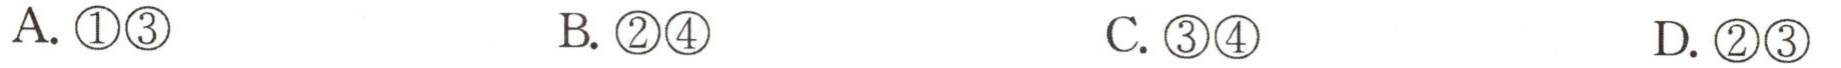
A. \(\textcircled{1}\textcircled{3}\)
B. \(\textcircled{2}\textcircled{4}\)
C. \(\textcircled{3}\textcircled{4}\)
D. \(\textcircled{2}\textcircled{3}\)